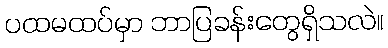
ပထမထပ်မှာ ဘာပြခန်းတွေရှိသလဲ။